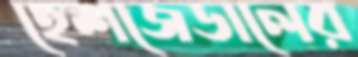
হেশজেডালের